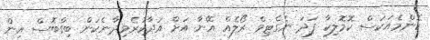
ކޮންމެއަކަސް ކޮމޮލިކާ ފަދަ ނެގެޓިވް ރޯލެއް އޭނާ އަށް އަދާކުރެވިދާނެކަން ބިގްބޮސް އިން